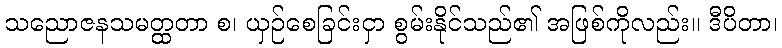
သညောဇနသမတ္ထတာ စ၊ ယှဉ်စေခြင်းငှာ စွမ်းနိုင်သည်၏ အဖြစ်ကိုလည်း။ ဒီပိတာ၊